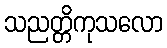
သညတ္တိကုသလော